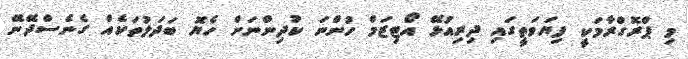
މި ޕްރޮގްރާމަކީ ފިޔަވަތީގައި ދިރިއުޅޭ އޯޓިޒަމް ހުންނަ ކުދިންނަށް ހެޔޮ ބަދަލުތަކެއް ގެނެސްދޭނޭ